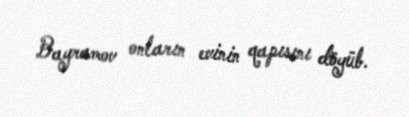
Bayramov onların evinin qapısını döyüb.